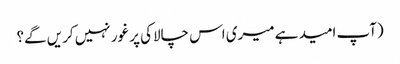
(آپ امید ہے میری اس چالاکی پر غور نہیں کریں گے؟